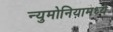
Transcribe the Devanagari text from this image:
न्युमोनियामध्ये